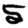
Digit: 5